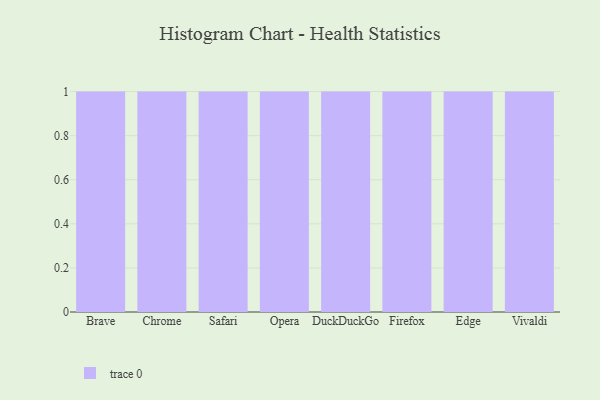
{"axis": {"x": "Browser", "y": "Bounce Rate (%)"}, "legend": [""], "data": [{"x": "Brave", "y": 61, "type": ""}, {"x": "Chrome", "y": 43, "type": ""}, {"x": "Safari", "y": 85, "type": ""}, {"x": "Opera", "y": 43, "type": ""}, {"x": "DuckDuckGo", "y": 8, "type": ""}, {"x": "Firefox", "y": 44, "type": ""}, {"x": "Edge", "y": 4, "type": ""}, {"x": "Vivaldi", "y": 83, "type": ""}]}